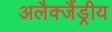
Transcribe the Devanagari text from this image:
अलैक्जैंड्रीय